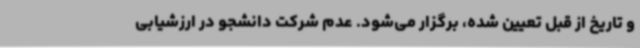
و تاریخ از قبل تعیین شده، برگزار می‌شود. عدم شرکت دانشجو در ارزشیابی